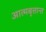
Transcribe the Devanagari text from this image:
आत्मबृत्तान्त